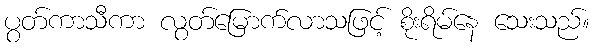
ပွတ်ကာသီကာ လွတ်မြောက်လာသဖြင့် စိုးရိမ်နေ သေးသည်။